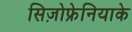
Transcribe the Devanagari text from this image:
सिज़ोफ्रेनियाके